Vaccination in the Punjab 1897-1904 - 1897-1904
Year: 1897
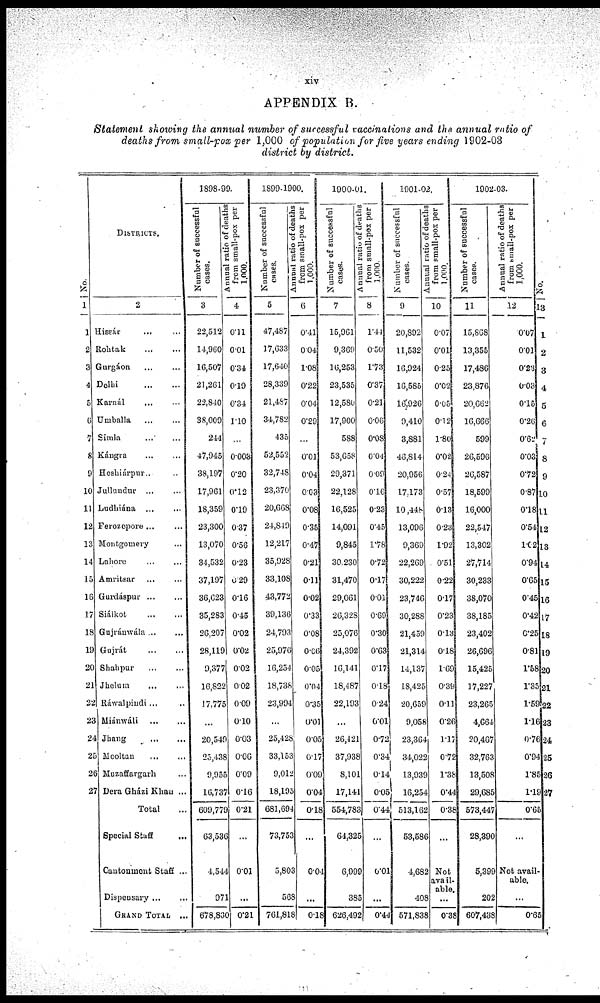
xiv
APPENDIX B.
Statement showing the annual number of successful vaccinations and the annual ratio of
deaths from small-pox per 1,000 of population for five years ending 1902-03
district by district.
No.
1
1
2
3
4
5
6
7
8
9
10
11
12
13
14
15
16
17
18
19
20
21
22
23
24
25
26
27
DISTRICTS.
2
Hissár ... ...
Rohtak
...
...
Gurgáon ... ...
Delhi
...
...
Karnál ... ...
Umballa ... ...
Simla ... ...
Kángra ... ...
Hoshiárpur ... ...
Jullundur ... ...
Ludhiána ... ...
Ferozepore ... ...
Montgomery ... ...
Lahore ... ...
Amritsar ... ...
Gurdáspur
...
...
Siálkot
...
...
Gujránwála ... ...
Gujrát
...
...
Shahpur
...
...
Jhelum ... ...
Ráwalpindi ... ...
Miánwáli ... ...
Jhang ... ...
Mooltan ... ...
Muzaffargarh ... ...
Dera Gházi Khan ...
Total ...
Special Staff ...
Cantonment Staff ...
Dispensary
...
...
GRAND TOTAL ...
1898-99.
Number of successful
cases.
3
22,512
14,960
16,507
21,261
22,840
38,009
244
47,945
38,197
17,961
18,359
23,300
13,070
34,532
37,197
36,623
35,283
26,207
28,119
9,377
16,822
17,775
...
20,549
25,438
9,955
16,737
609,779
63,536
4,544
971
678,830
Annual ratio of deaths
from small-pox per
1,000.
4
0.11
0.01
0.34
0.19
0.34
1.10
...
0.003
0.20
0.12
0.19
0.37
0.56
0.23
0.29
0.16
0.45
0.02
0.02
0.02
0.02
0.09
0.10
0.03
0.06
0.09
0.16
0.21
...
0.01
...
0.21
1899-1900.
Number of successful
cases.
5
47,487
17,633
17,640
28,339
21,487
34,782
435
52,552
32,748
23,370
20,668
24,849
12,217
35,928
33,108
43,772
39,136
24,793
25,976
16,254
18,738
23,994
...
25,428
33,153
9,012
18,195
681,694
73,753
5,803
568
761,818
Annual ratio of deaths
from small-pox per
1,000.
6
0.41
0.04
1.08
0.22
0.04
0.29
...
0.01
0.04
0.03
0.08
0.35
0.47
0.21
0.11
0.02
0.33
0.08
0.06
0.05
0.04
0.35
0.01
0.05
0.17
0.09
0.04
0.18
...
0.04
...
0.18
1900-01.
Number of successful
cases.
7
15,961
9,369
16,253
23,535
12,580
17,900
588
53,658
29,371
22,128
16,525
14,091
9,845
30,230
31,470
29,061
26,328
25,076
24,392
16,141
18,487
22,193
...
26,421
37,938
8,101
17,141
554,783
64,325
6,999
385
626,492
Annual ratio of deaths
from small-pox per
1,000.
8
1.44
0.50
1.73
0.37
0.21
0.06
0.08
0.04
0.09
0.16
0.23
0.45
1.78
0.72
0.17
0.01
0.69
0.30
0.63
0.17
0.18
0.24
0.01
0.72
0.34
0.14
0.05
0.44
...
0.01
...
0.44
1901-02.
Number of successful
cases.
9
20,892
11,532
16,924
16,585
16,926
9,410
3,881
46,814
20,956
17,173
10,448
13,096
9,369
22,269
30,222
23,746
30,288
21,459
21,314
14,137
18,425
20,659
9,058
23,364
34,022
13,939
16,254
513,162
53,586
4,682
408
571,838
Annual ratio of deaths
from small-pox per
1,000.
10
0.07
0.01
0.25
0.02
0.05
0.12
1.80
0.02
0.24
0.57
0.13
0.23
1.92
0.51
0.22
0.17
0.23
0.13
0.18
1.69
0.39
0.11
0.26
1.17
0.72
1.38
0.44
0.38
...
Not
avail-
able.
...
0.38
1902-03.
Number of successful
cases.
11
15,868
13,355
17,486
23,876
20,662
16,666
599
26,596
26,587
18,599
16,000
22,547
13,302
27,714
30,233
38,070
38,185
23,402
26,696
15,425
17,227
23,265
4,664
20,467
32,763
13,508
29,685
573,447
28,390
5,399
202
607,438
Annual ratio of deaths
from small-pox per
1,000.
12
0.07
0.01
0.23
0.03
0.15
0.26
0.62
0.03
0.72
0.87
0.18
0.54
1.01
0.94
0.65
0.45
0.42
0.25
0.81
1.58
1.35
1.59
1.16
0.76
0.94
1.85
1.19
0.65
...
Not avail-
able.
...
0.65
No.
13
1
2
3
4
5
6
7
8
9
10
11
12
13
14
15
16
17
18
19
20
21
22
23
24
25
26
27